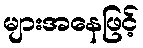
များအနေဖြင့်